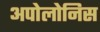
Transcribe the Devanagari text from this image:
अपोलोनिस